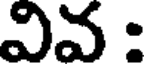
వివ :